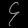
Digit: ၄